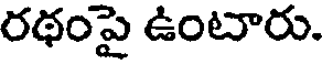
రథంపై ఉంటారు.